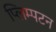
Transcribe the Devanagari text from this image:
प्लिम्पटन